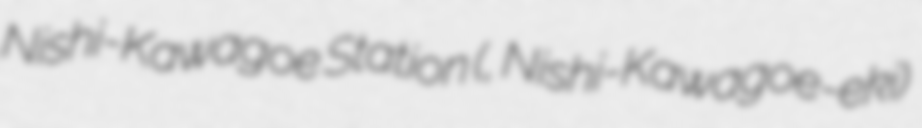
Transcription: Nishi-Kawagoe Station (西川越駅, Nishi-Kawagoe-eki)